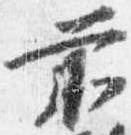
前